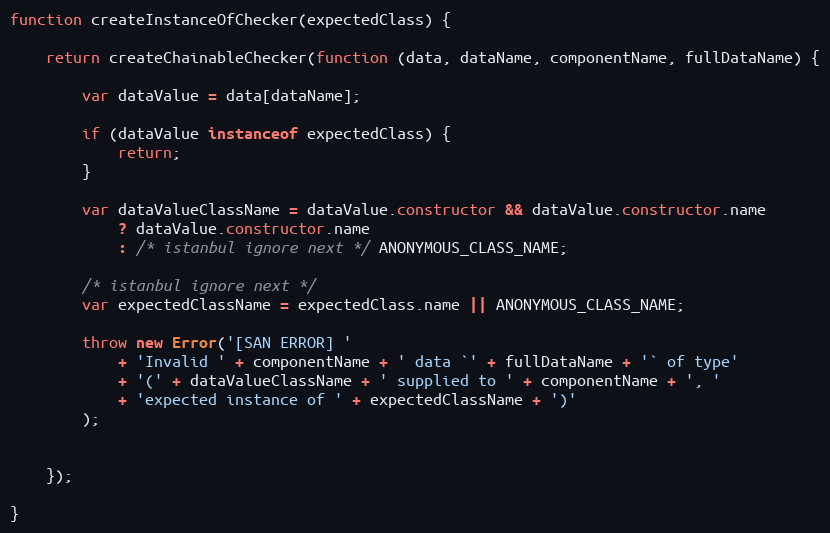
Language: JavaScript
function createInstanceOfChecker(expectedClass) {

    return createChainableChecker(function (data, dataName, componentName, fullDataName) {

        var dataValue = data[dataName];

        if (dataValue instanceof expectedClass) {
            return;
        }

        var dataValueClassName = dataValue.constructor && dataValue.constructor.name
            ? dataValue.constructor.name
            : /* istanbul ignore next */ ANONYMOUS_CLASS_NAME;

        /* istanbul ignore next */
        var expectedClassName = expectedClass.name || ANONYMOUS_CLASS_NAME;

        throw new Error('[SAN ERROR] '
            + 'Invalid ' + componentName + ' data `' + fullDataName + '` of type'
            + '(' + dataValueClassName + ' supplied to ' + componentName + ', '
            + 'expected instance of ' + expectedClassName + ')'
        );

    });

}